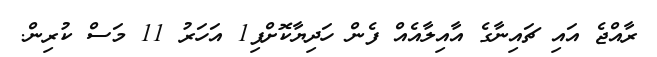
ރާއްޖެ އައި ޗައިނާގެ އާއިލާއެއް ފެން ހަދިޔާކޮށްފި1 އަހަރު 11 މަސް ކުރިން.